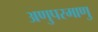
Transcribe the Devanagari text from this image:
अणुपरमाणु